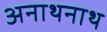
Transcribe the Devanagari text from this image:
अनाथनाथ